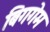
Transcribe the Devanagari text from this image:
बिगगेम